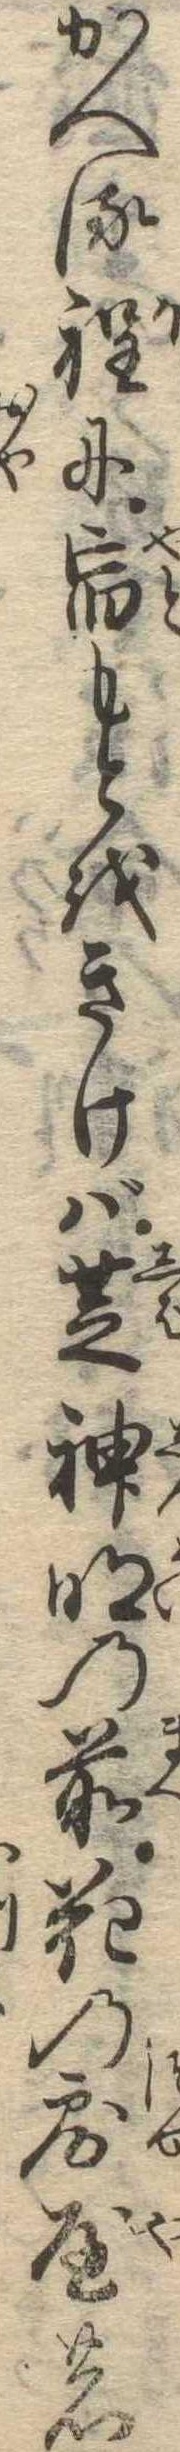
かへる程に宿もとをきけば芝神明の前花の露屋の